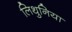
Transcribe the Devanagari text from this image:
लिथुनिया